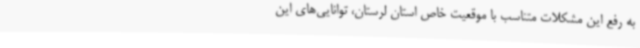
به رفع این مشکلات متناسب با موقعیت خاص استان لرستان، توانایی‌های این